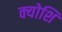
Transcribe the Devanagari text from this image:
क्योशि